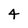
Character: 4